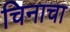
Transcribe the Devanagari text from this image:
चिनाचा